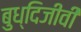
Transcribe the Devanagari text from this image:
बुध्दिजीवी